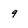
Character: 9